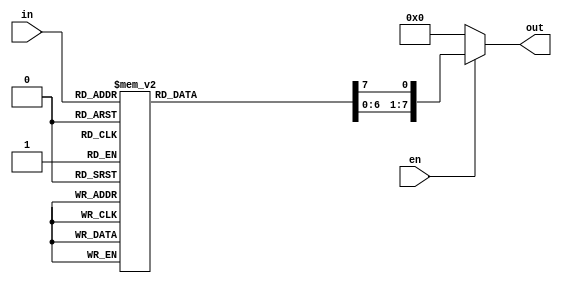
`timescale 1ns / 1ps
//////////////////////////////////////////////////////////////////////////////////
////////////////////////////////////////////////////////////////////////////////
// Design Name:   decoder_38
// Module Name:   D:/verilog/decoder_38/decoder_38tb.v
// Project Name:  decoder_38 
// Tool versions: ISE Design Suite 14.7 
// Revision 0.01 - File Created
// Additional Comments: 
//
//////////////////////////////////////////////////////////////////////////////////
module decoder_38( in,out, en);
input [2:0]  in;
input en;
output [7:0] out;
  reg [7:0] out;

 always @( in or en)
	begin

      if (en) 
        begin
          out=8'd0;
          case (in)
              3'b000: out[0]=1'b1;
              3'b001: out[1]=1'b1;
              3'b010: out[2]=1'b1;
              3'b011: out[3]=1'b1;
              3'b100: out[4]=1'b1;
              3'b101: out[5]=1'b1;
              3'b110: out[6]=1'b1;
              3'b111: out[7]=1'b1;
              default: out=8'd0;
          endcase
      end
else 
out=8'd0;
end
endmodule